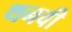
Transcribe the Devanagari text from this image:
थनवी